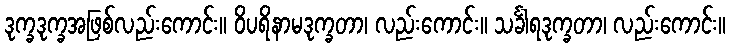
ဒုက္ခဒုက္ခအဖြစ်လည်းကောင်း။ ဝိပရိနာမဒုက္ခတာ၊ လည်းကောင်း။ သင်္ခါရဒုက္ခတာ၊ လည်းကောင်း။